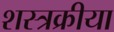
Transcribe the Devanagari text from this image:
शस्त्रक्रीया